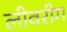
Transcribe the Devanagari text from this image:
लीवरीग